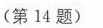
(第14题)